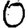
Digit: 0